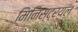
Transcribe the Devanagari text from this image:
मिनिस्ट्रयल